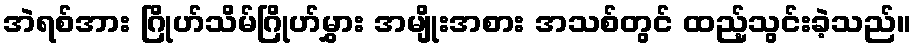
အဲရစ်အား ဂြိုဟ်သိမ်ဂြိုဟ်မွှား အမျိုးအစား အသစ်တွင် ထည့်သွင်းခဲ့သည်။